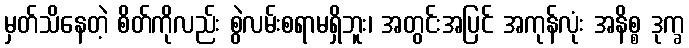
မှတ်သိနေတဲ့ စိတ်ကိုလည်း စွဲလမ်းစရာမရှိဘူး၊ အတွင်းအပြင် အကုန်လုံး အနိစ္စ ဒုက္ခ